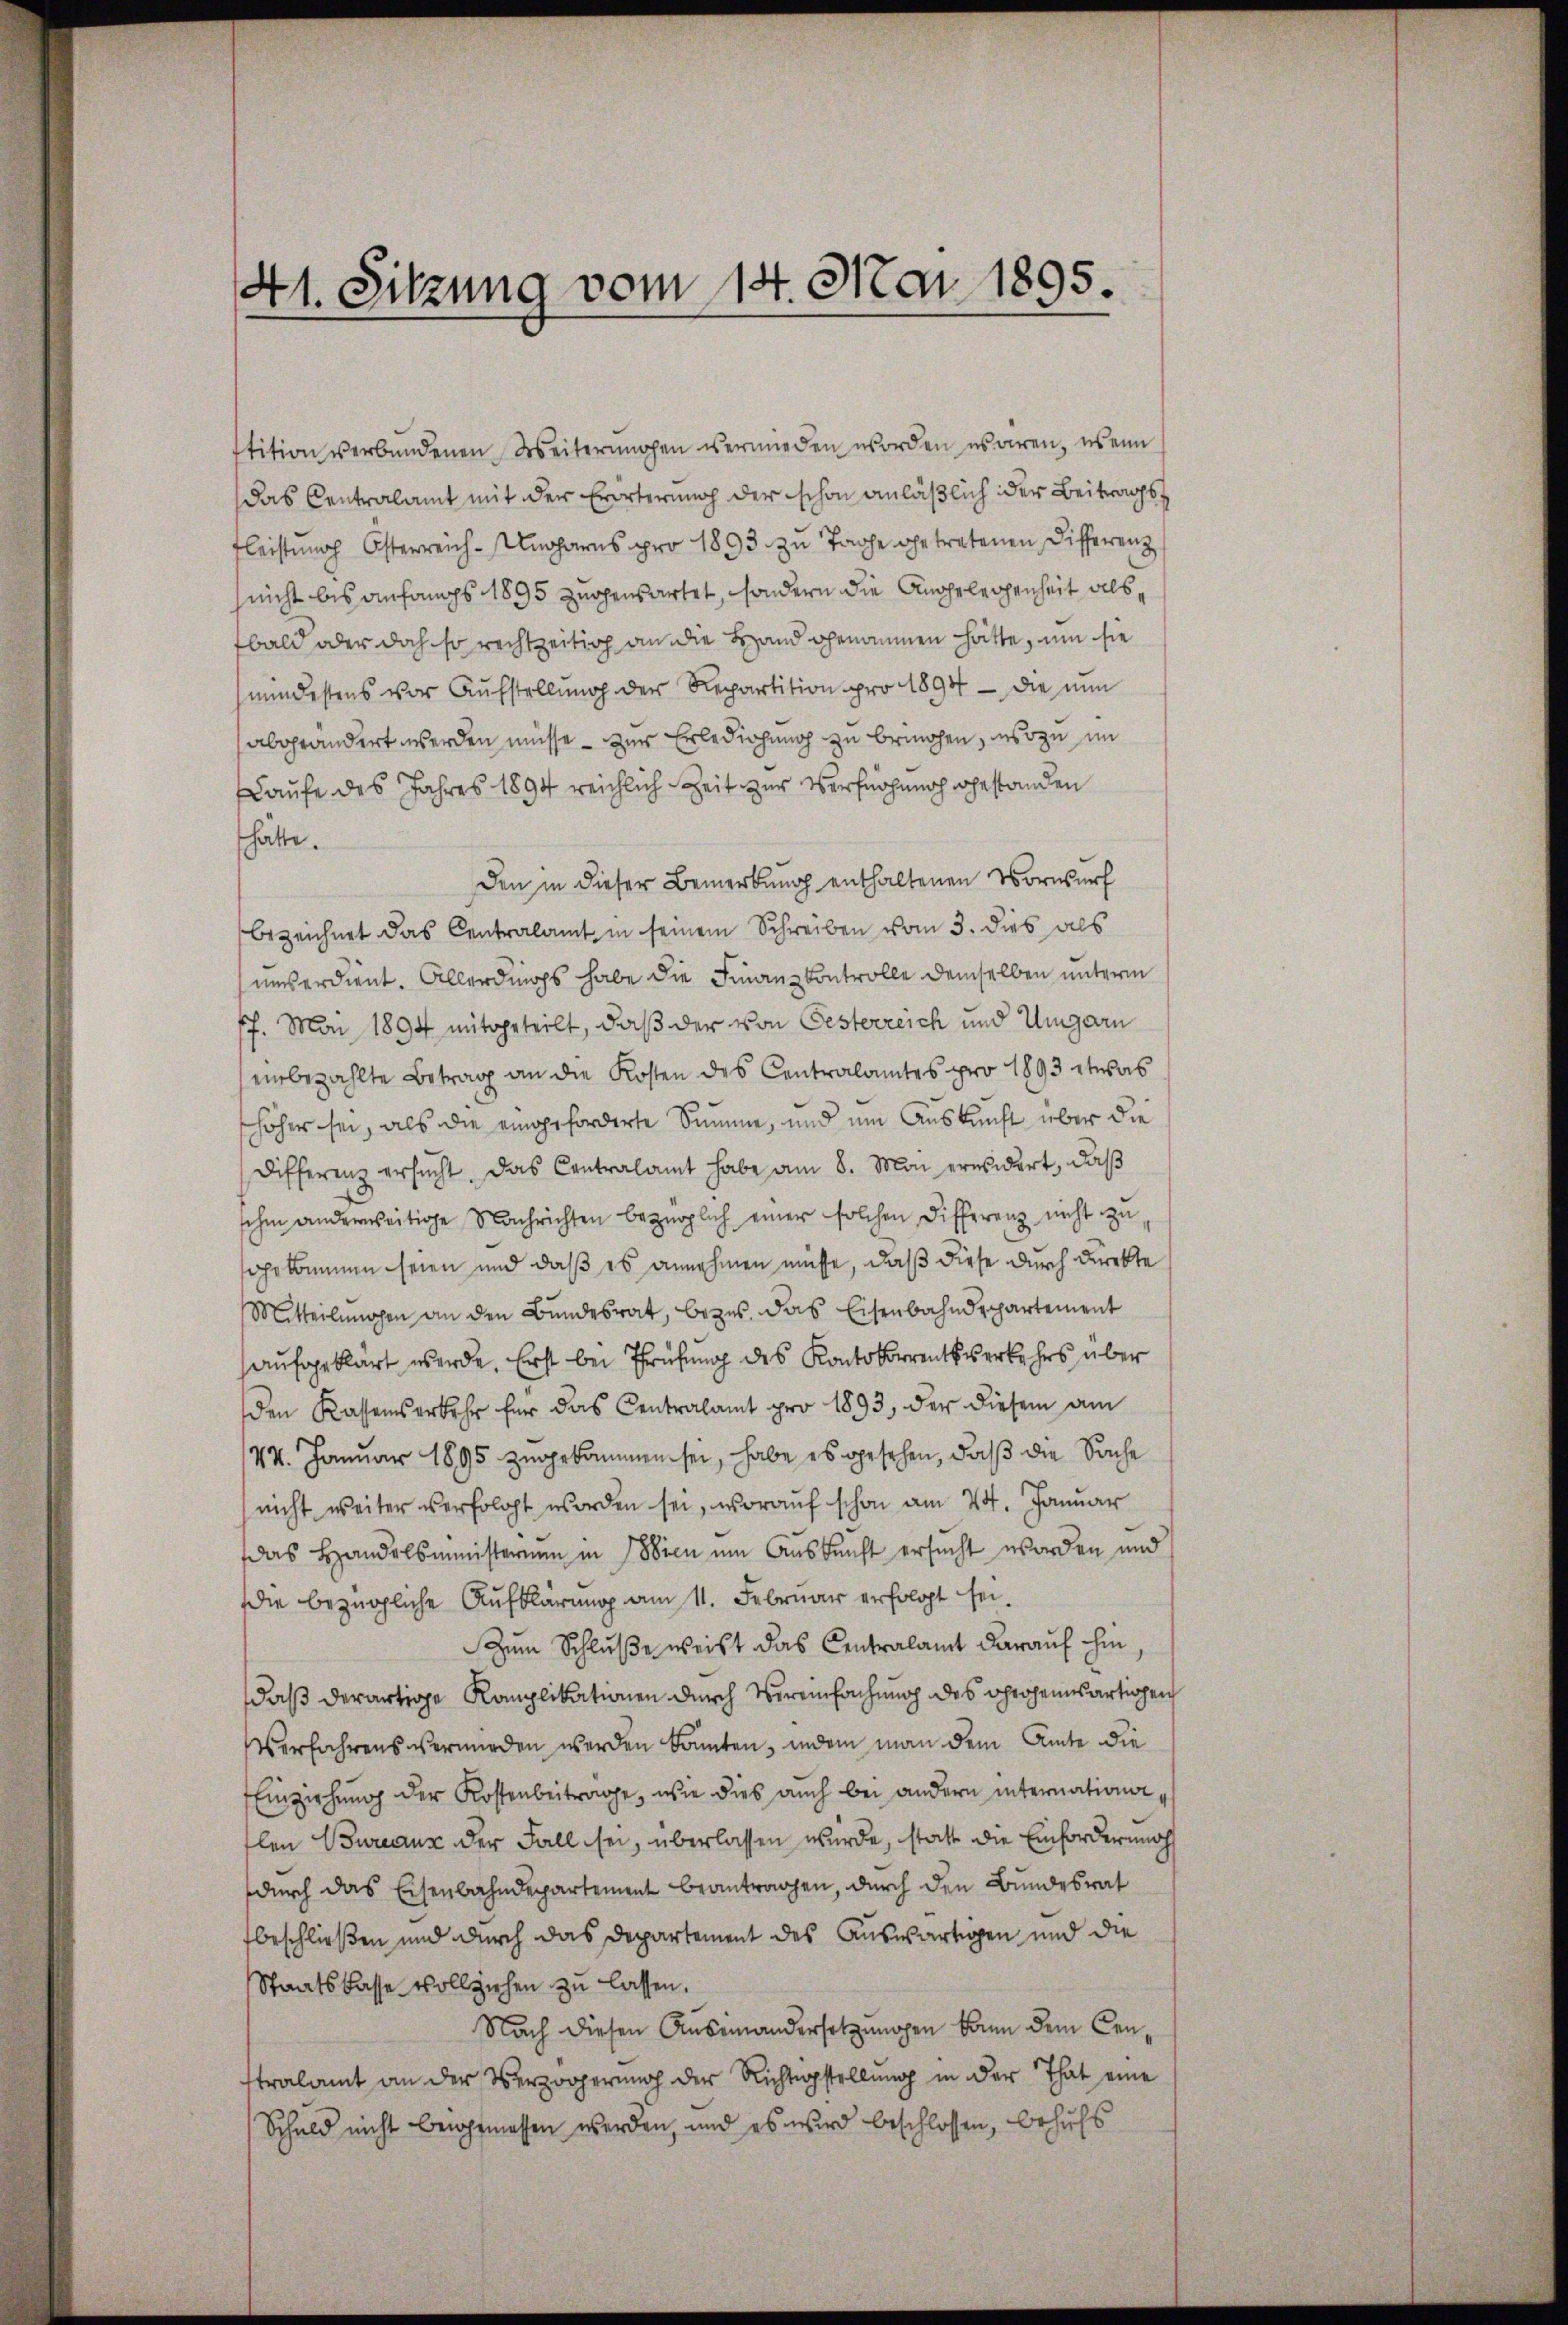
41. Sitzung vom 14. Mai 1895.

tition verbundenen Weiterŭngen vermieden worden usaren, wenn
das Centralamt mit der Erörterung der schon anläßlich der Beitragst
Fleistung Österreich-Ungarns pro 1893 zu Tage getretenen Differenz
nicht bis anfangs 1895 zugensartet, sondern die Angelegenheit als
bald oder doch so rechtzeitig an die Hand genommen hätte, um sie
mindestens vor Aufstellung der Repartition pro 1894 — die nun
abgeändert werden müsse - zur Erledigung zu bringen, wozu im
aufe des Jahres 1894 reichlich Zeit zur Verfügung gestanden
hätte.
Den in dieser Bemerkung enthaltenen Vorwurf
bezeichnet das Centralamt in seinem Schreiben vom 3. dies als
unserdient. Allerdings habe die Finanzkontrolle demselben unterm
17. Mai 1894 mitgeteilt, daß der von Oesterreich und Ungarn
einbezahlte Betrag an die Kosten des Centralamtes pro 1893 etwas
shöher sei, als die eingeforderte Summe, und um Auskunft über die
Differenz ersucht. Das Contralamt habe am 8. Mai erwidert, daß
schen anderweitige Nachrichten bezüglich einer solchen Differenz nicht zu
gekommen seien und daß es annehmen müsse, daß diese durch Direkte
Mitteilŭngen an den Bŭndesrat, bezŭs. das Eisenbahndepartement
aufgeklärt werde. Erst bei Prüfung des Kontokurrentsverkehrs über
den Kassenserkehr für das Centralamt pro 1893, der diesem am
24. Januar 1895 zugekommen sei, habe es gesehen, daß die Sache
nicht weiter verfolgt worden sei, worauf schon am 24. Januar
das Handelsministerium in Wien um Auskunft ersucht worden und
Die bezügliche Aufklärung am 11. Februar erfolgt sei.
Zum Schluße weist das Centralamt darauf ihm
daß derartige Komplikationen durch Vereinfachung des Ohrohensartigen
Verfahrens verwirden werden konnten, indem man dem Amte die
Einziehung der Kostenbeitrage, wie dies auch bei andern internationflen Bureaus der Fall sei, überlassen wurde, statt die Einforderungs
durch das Eisenbahndepartement beantragen, durch den Bundesrat
fbeschließen und durch das Departement des Auswärtigen und die
Staatskasse vollziehen zu lassen.
Nach diesen Auseinandersetzungen kann dem Censtralamt an der Verzögerung der Richtigstellung in der That eine
Schuld nicht beigemessen werden, und es wird beschlossen, behufs